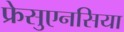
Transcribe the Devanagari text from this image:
फ्रेसुएनसिया